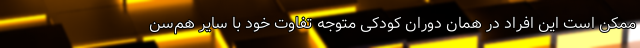
ممکن است این افراد در همان دوران کودکی متوجه تفاوت خود با سایر هم‌سن